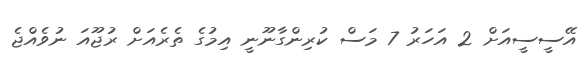
އޭސީސީއަށް 2 އަހަރު 7 މަސް ކުރިންގާނޫނީ އިމުގެ ތެރެއަށް ރުޖޫއަ ނުވެއްޖެ